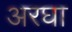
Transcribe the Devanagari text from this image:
अरघा